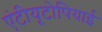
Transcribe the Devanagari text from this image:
एंटीयूटोपियाई